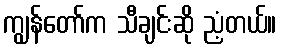
ကျွန်တော်က သီချင်းဆို ညံ့တယ်။